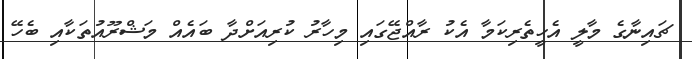
ޗައިނާގެ މާލީ އެހީތެރިކަމާ އެކު ރާއްޖޭގައި މިހާރު ކުރިއަށްދާ ބައެއް މަޝްރޫއުތަކާއި ބެހޭ